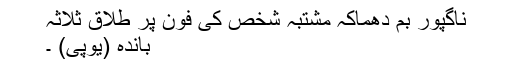
ناگپور بم دھماکہ مشتبہ شخص کی فون پر طلاق ثلاثہ
باندہ (یوپی) ۔